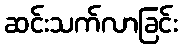
ဆင်းသက်လာခြင်း